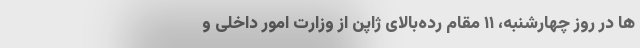
ها در روز چهارشنبه، ۱۱ مقام رده‌بالای ژاپن از وزارت امور داخلی و